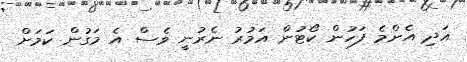
އަދި އެންމެ ފަހުން ކޯޓުން އަމުރު ނެރުނީ ވެސް އެ މަގުން ކަމަށް